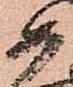
如